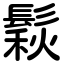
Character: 鬏